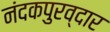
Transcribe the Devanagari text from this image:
नंदकपुरव्दार